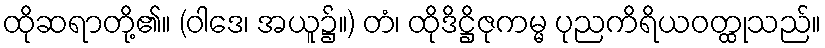
ထိုဆရာတို့၏။ (ဝါဒေ၊ အယူ၌။) တံ၊ ထိုဒိဋ္ဌိဇုကမ္မ ပုညကိရိယဝတ္ထုသည်။